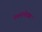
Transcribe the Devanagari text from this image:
पवनलेखक